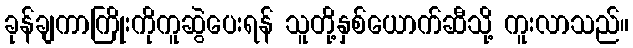
ခုန်ချကာကြိုးကိုကူဆွဲပေးရန် သူတို့နှစ်ယောက်ဆီသို့ ကူးလာသည်။